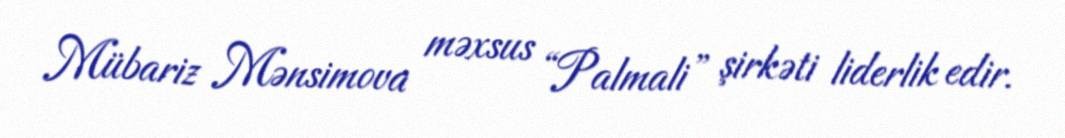
Mübariz Mənsimova məxsus “Palmali” şirkəti liderlik edir.